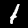
Label: 1